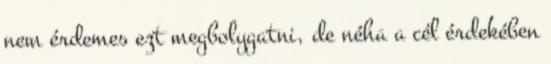
nem érdemes ezt megbolygatni, de néha a cél érdekében